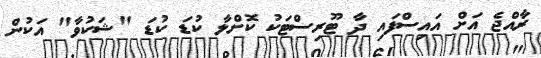
ރާއްޖެ އަށް އައިސްފައި ދާ ޓޫރިސްޓަކު ކޮށްލާ ކުޑަ ކުޑަ "ޝަކުވާ" އަކުން